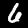
Digit: 6